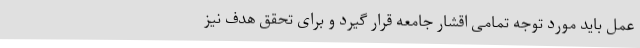
عمل باید مورد توجه تمامی اقشار جامعه قرار گیرد و برای تحقق هدف نیز